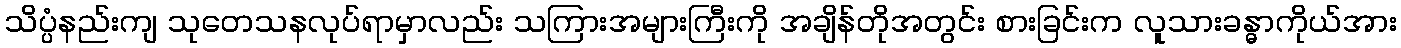
သိပ္ပံနည်းကျ သုတေသနလုပ်ရာမှာလည်း သကြားအများကြီးကို အချိန်တိုအတွင်း စားခြင်းက လူသားခန္ဓာကိုယ်အား